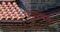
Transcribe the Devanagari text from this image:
व्हायचेय